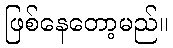
ဖြစ်နေတော့မည်။